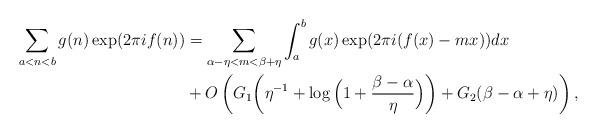
LaTeX: \begin{align*}\sum_{a<n<b} g(n) \exp(2\pi if(n)) &=\sum_{\alpha-\eta<m<\beta+\eta}\int_a^b g(x) \exp(2\pi i (f(x)-mx)) dx \\&+ O\left(G_1\bigg(\eta^{-1}+\log \Big(1+\frac{\beta-\alpha}{\eta}\Big)\bigg)+G_2(\beta-\alpha+\eta)\right),\end{align*}